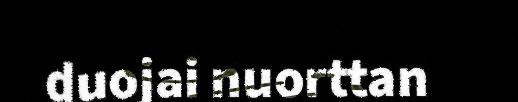
duojai nuorttan